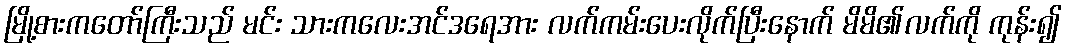
မြို့စားကတော်ကြီးသည် မင်း သားကလေးအင်ဒရေအား လက်ကမ်းပေးလိုက်ပြီးနောက် မိမိ၏လက်ကို ကုန်း၍